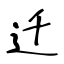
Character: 迁